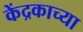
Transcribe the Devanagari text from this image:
केंद्रकाच्या